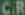
CR